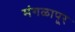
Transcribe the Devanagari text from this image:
मंगळापूर